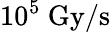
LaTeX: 10^{5}~\mathrm{Gy/s}